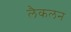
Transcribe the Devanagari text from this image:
लैकलन